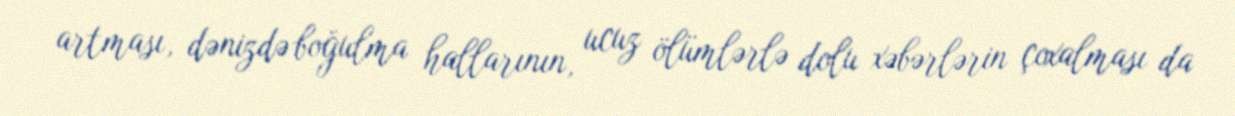
artması, dənizdə boğulma hallarının, ucuz ölümlərlə dolu xəbərlərin çoxalması da